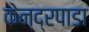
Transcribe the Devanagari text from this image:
केन्द्रपाडा